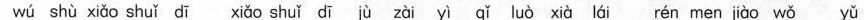
wú shù xiǎo shuǐ dī xiǎo shuǐ dī jù zài yì qǐ luò xià lái rén men jiào wǒ yǔ